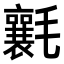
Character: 𣰶